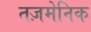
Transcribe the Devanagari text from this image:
तज़मेनिक